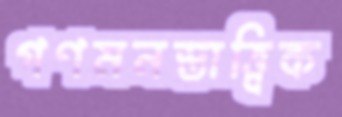
গণমনস্তাত্ত্বিক